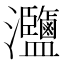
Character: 𤅸